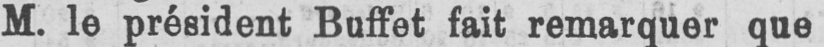
M. le président Buffet fait remarquer que